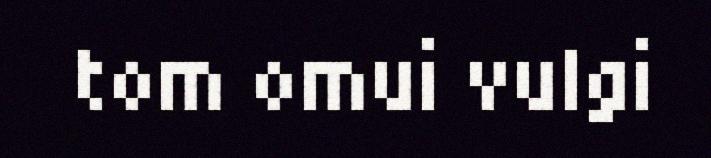
tom omui vulgi